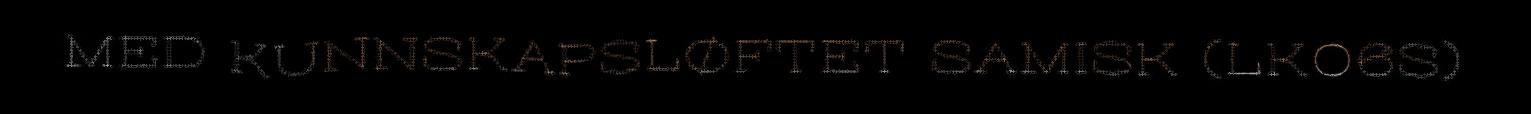
MED KUNNSKAPSLØFTET SAMISK (LK06S)